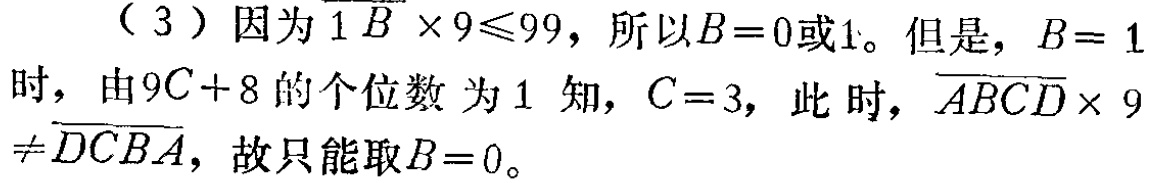
（3）因为\(\overline{1B} \times 9\leqslant99\)，所以\(B = 0\)或\(1\)。但是，\(B = 1\)时，由\(9C + 8\)的个位数为\(1\)知，\(C = 3\)，此时，\(\overline{ABCD} \times 9\neq\overline{DCBA}\)，故只能取\(B = 0\)。